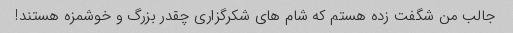
جالب من شگفت زده هستم که شام ​​های شکرگزاری چقدر بزرگ و خوشمزه هستند!